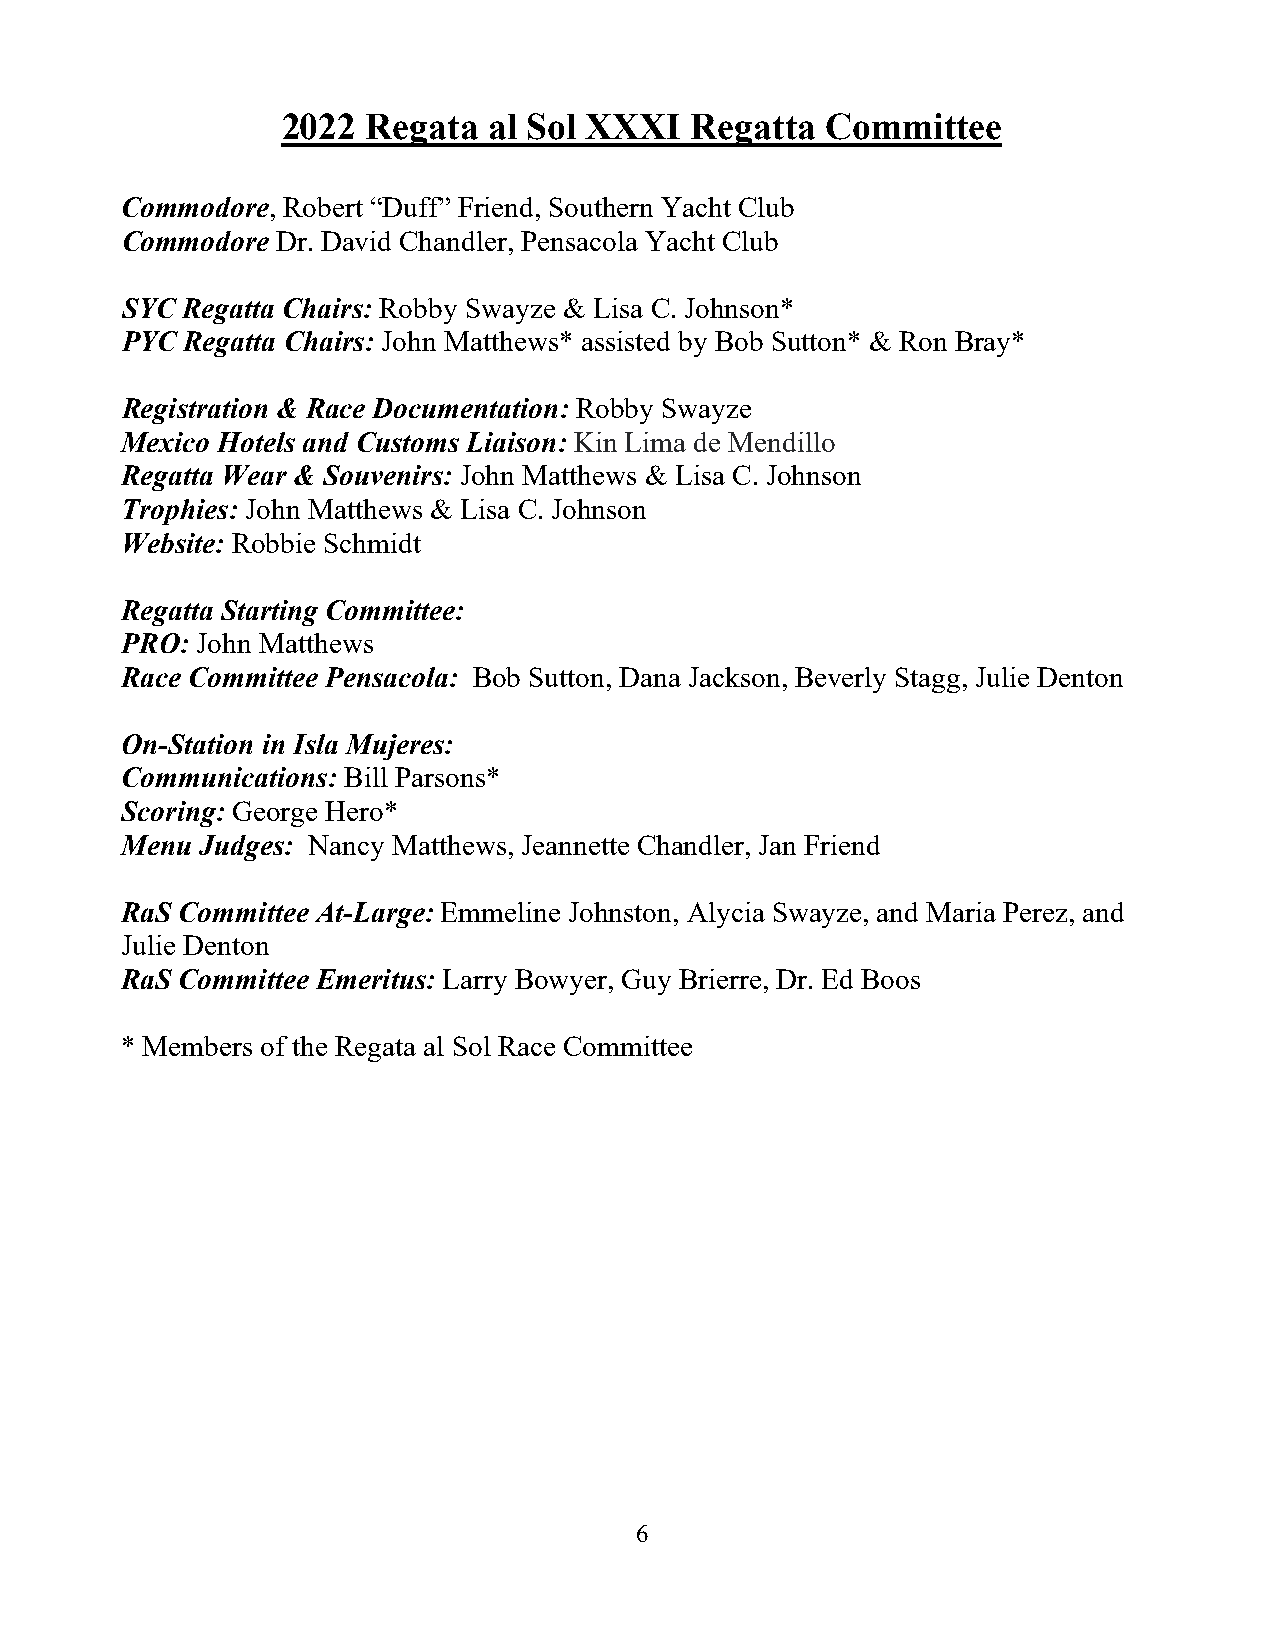
2022 Regata  al Sol XXXI   Regatta  Committee
 Commodore, Robert “Duff” Friend, Southern Yacht Club
 Commodore Dr. David Chandler, Pensacola Yacht Club
 SYC Regatta Chairs: Robby Swayze & Lisa C. Johnson*
 PYC Regatta Chairs: John Matthews* assisted by Bob Sutton* & Ron Bray*
 Registration & Race Documentation: Robby Swayze
 Mexico Hotels and Customs Liaison: Kin Lima de Mendillo
 Regatta Wear & Souvenirs: John Matthews & Lisa C. Johnson
 Trophies: John Matthews & Lisa C. Johnson
 Website: Robbie Schmidt
 Regatta Starting Committee:
 PRO: John Matthews
 Race Committee Pensacola: Bob Sutton, Dana Jackson, Beverly Stagg, Julie Denton
 On-Station in Isla Mujeres:
 Communications: Bill Parsons*
 Scoring: George Hero*
 Menu Judges: Nancy Matthews, Jeannette Chandler, Jan Friend
 RaS Committee At-Large: Emmeline Johnston, Alycia Swayze, and Maria Perez, and
 Julie Denton
 RaS Committee Emeritus: Larry Bowyer, Guy Brierre, Dr. Ed Boos
 * Members of the Regata al Sol Race Committee
 6